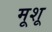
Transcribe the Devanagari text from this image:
मूशू